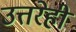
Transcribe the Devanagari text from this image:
उत्तरेही